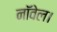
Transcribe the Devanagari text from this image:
नाॅवेल।